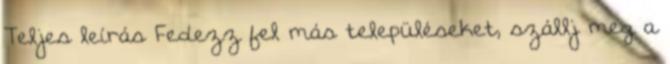
Teljes leírás Fedezz fel más településeket, szállj meg a